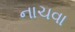
નાચવા